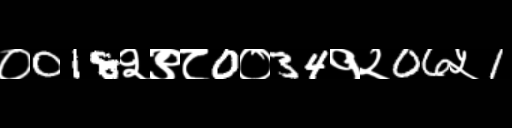
Text: ०018२९८0०34१२06५1